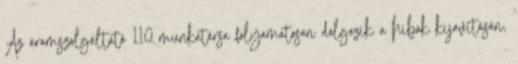
Az áramszolgáltató 110 munkatársa folyamatosan dolgozik a hibák kijavításán,